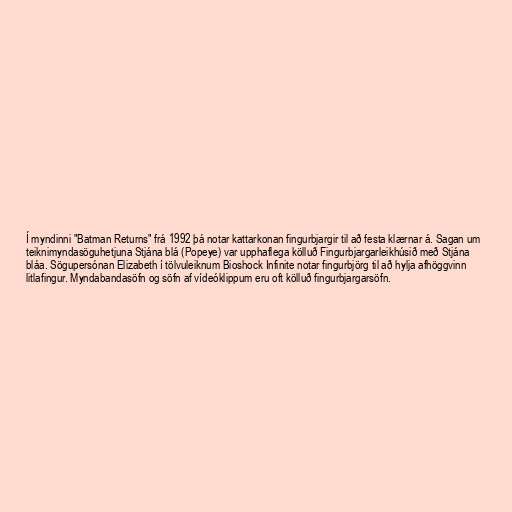
Í myndinni "Batman Returns" frá 1992 þá notar kattarkonan fingurbjargir til að festa klærnar á. Sagan um
teiknimyndasöguhetjuna Stjána blá (Popeye) var upphaflega kölluð Fingurbjargarleikhúsið með Stjána
bláa. Sögupersónan Elizabeth í tölvuleiknum Bioshock Infinite notar fingurbjörg til að hylja afhöggvinn
litlafingur. Myndabandasöfn og söfn af vídeóklippum eru oft kölluð fingurbjargarsöfn.